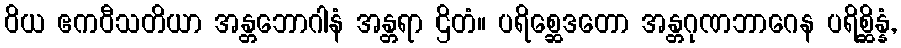
ဝိယ ဧကဝီသတိယာ အန္တဘောဂါနံ အန္တရာ ဌိတံ။ ပရိစ္ဆေဒတော အန္တဂုဏဘာဂေန ပရိစ္ဆိန္နံ,